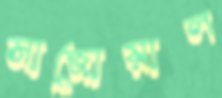
সাজোয়াল